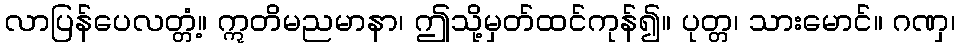
လာပြန်ပေလတ္တံ့။ ဣတိမညမာနာ၊ ဤသို့မှတ်ထင်ကုန်၍။ ပုတ္တ၊ သားမောင်။ ဂဏှ၊